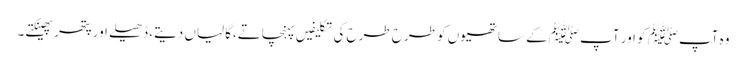
وہ آپﷺ کو اور آپ ﷺکے ساتھیوں کو طرح طرح کی تکلیفیں پہنچاتے،گالیاں دیتے، ڈھیلے اور پتھر پھینکتے۔